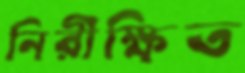
নিরীক্ষিত